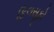
ફિલસૂફો